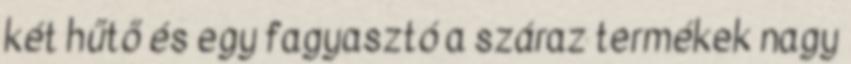
két hűtő és egy fagyasztó a száraz termékek nagy